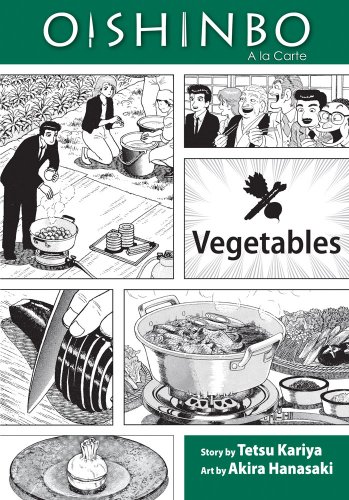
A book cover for Oishinbo: Ã  la Carte, Vol. 5: Vegetables; Tetsu Kariya; Teen & Young Adult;